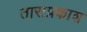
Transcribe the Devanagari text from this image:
ताराप्रकाश